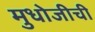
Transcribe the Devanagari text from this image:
मुधोजीची